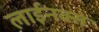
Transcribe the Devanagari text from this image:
लाईनक्स